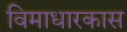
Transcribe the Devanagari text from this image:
विमाधारकास